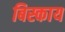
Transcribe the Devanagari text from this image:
बिस्काय